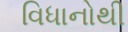
વિધાનોથી